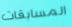
المسابقات